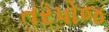
તરપોજ